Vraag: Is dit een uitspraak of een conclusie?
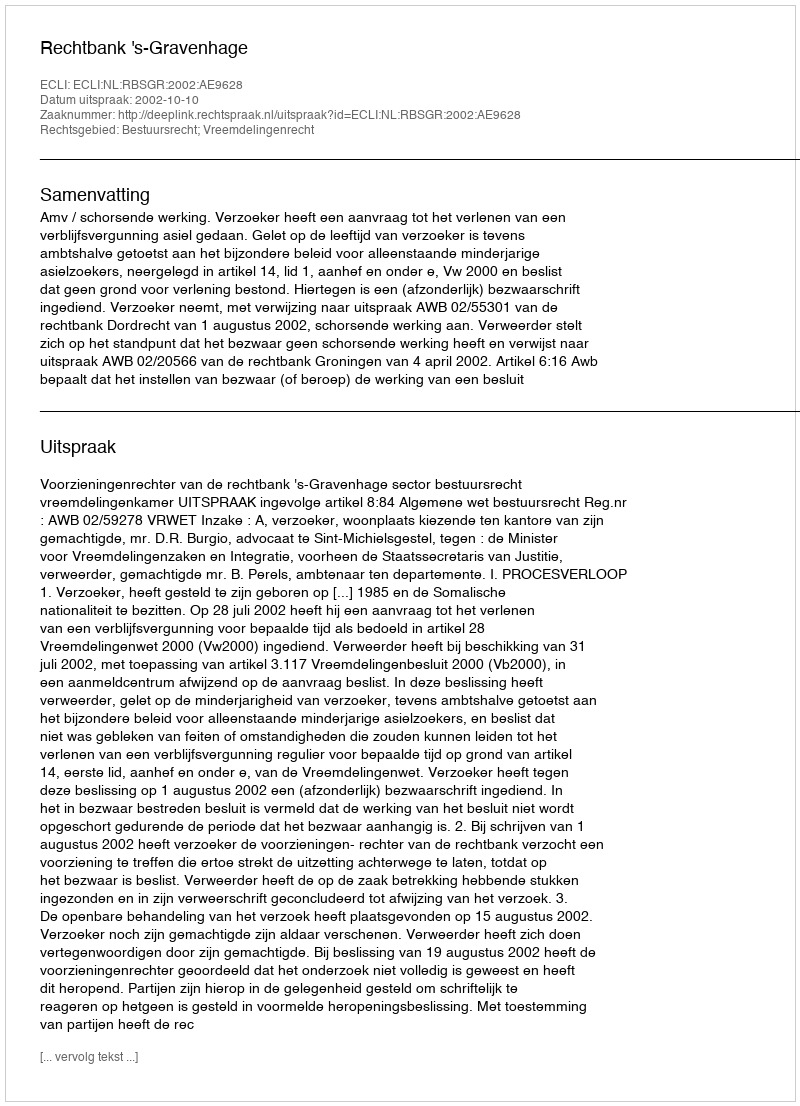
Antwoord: Uitspraak